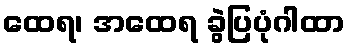
ထေရ၊ အထေရ ခွဲပြပုံဂါထာ